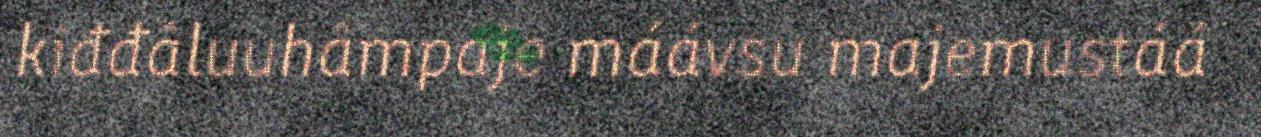
kiđđâluuhâmpaje máávsu majemustáá